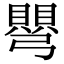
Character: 𭛋